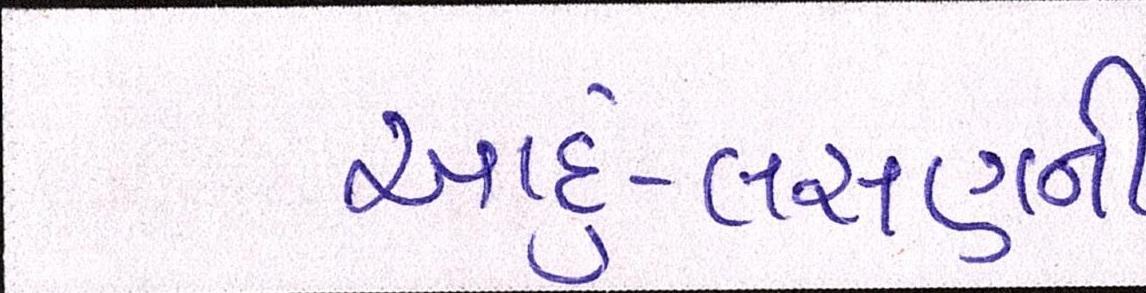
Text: આદું-લસણની